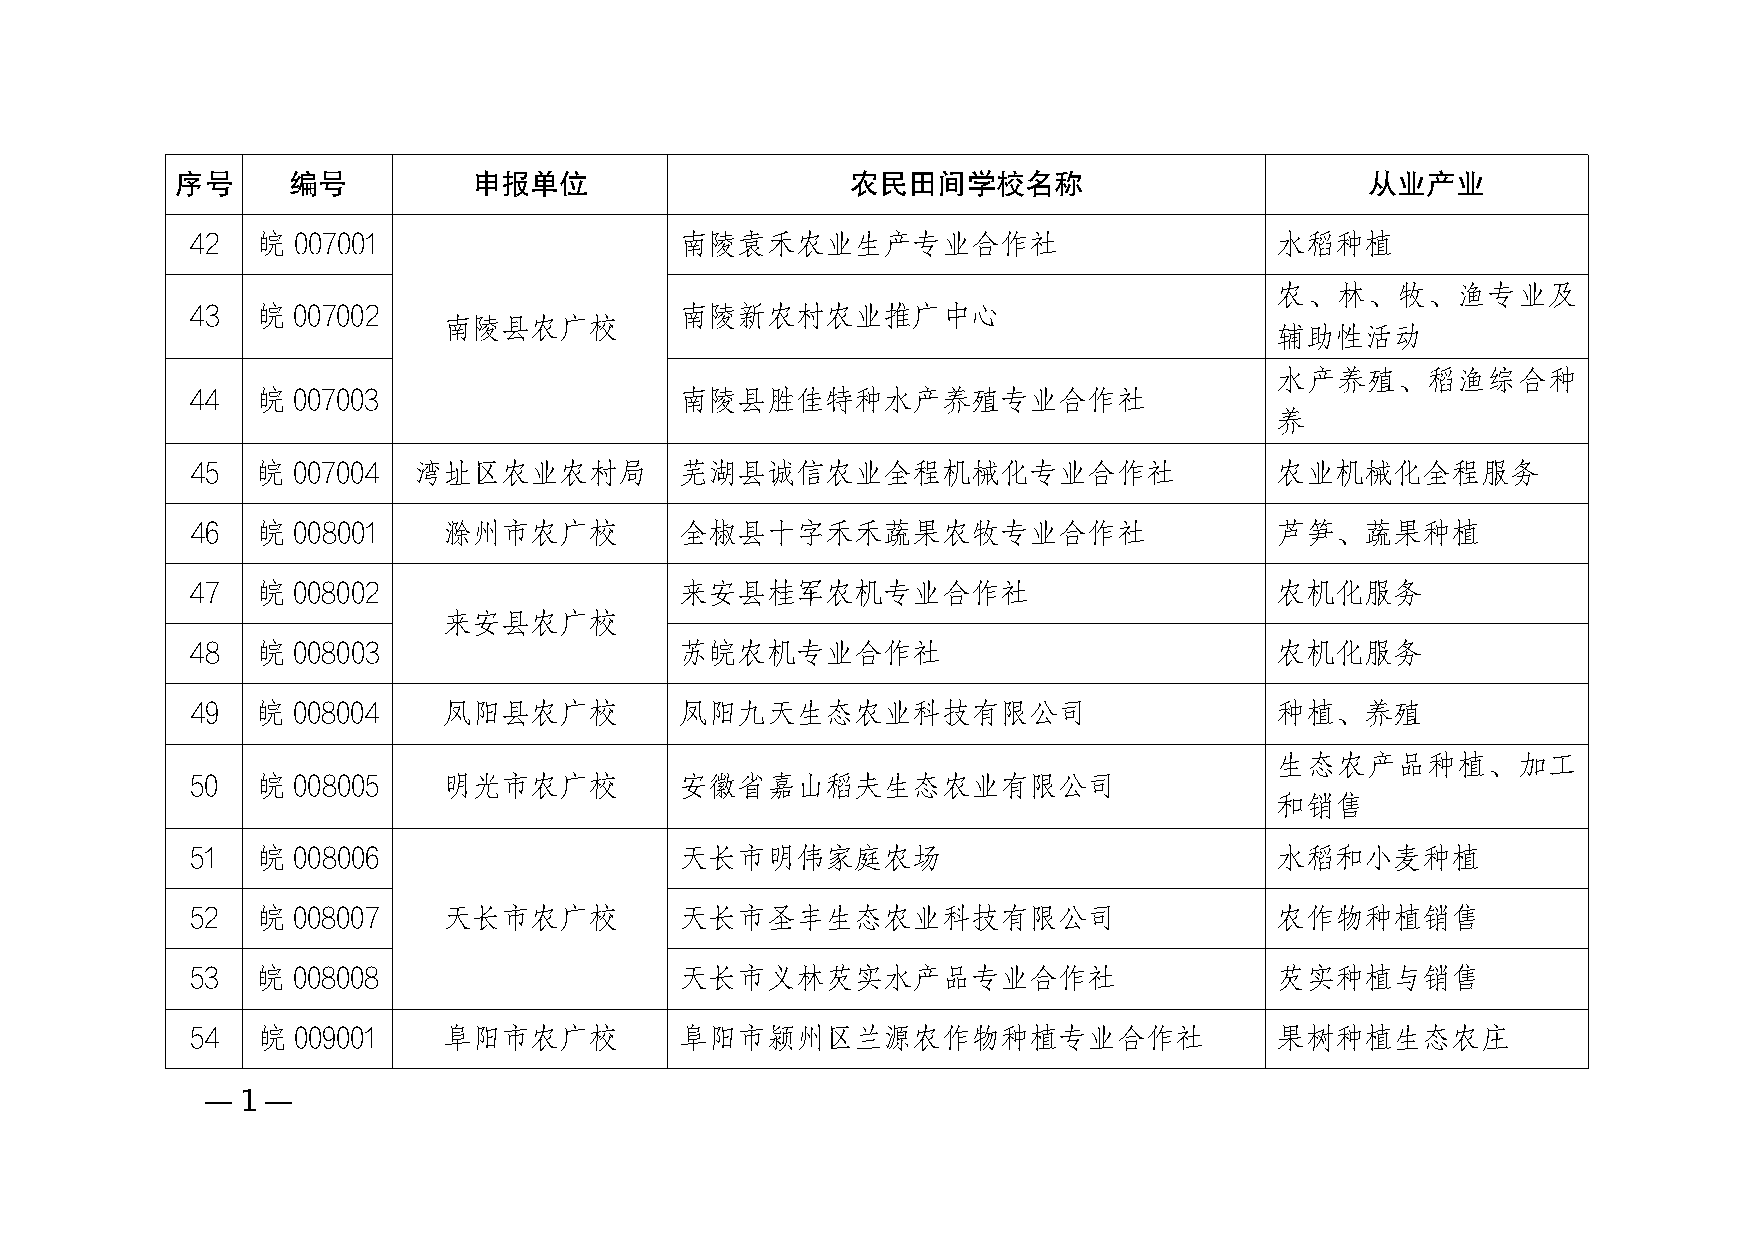
序号     编号          申报单位                     农民田间学校名称                           从业产业
 42  皖 007001                    南陵袁禾农业生产专业合作社                          水稻种植
 农、林、牧、渔专业及
 43  皖 007002                    南陵新农村农业推广中心
 南陵县农广校
 辅助性活动
 水产养殖、稻渔综合种
 44   皖 007003                    南陵县胜佳特种水产养殖专业合作社
 养
 45  皖 007004  湾址区农业农村局          芜湖县诚信农业全程机械化专业合作社                      农业机械化全程服务
 46  皖 008001    滁州市农广校          全椒县十字禾禾蔬果农牧专业合作社                       芦笋、蔬果种植
 47  皖 008002                    来安县桂军农机专业合作社                           农机化服务
 来安县农广校
 48  皖 008003                    苏皖农机专业合作社                              农机化服务
 49  皖 008004    凤阳县农广校          凤阳九天生态农业科技有限公司                         种植、养殖
 生态农产品种植、加工
 50  皖 008005    明光市农广校          安徽省嘉山稻夫生态农业有限公司
 和销售
 51  皖 008006                    天长市明伟家庭农场                              水稻和小麦种植
 52  皖 008007    天长市农广校          天长市圣丰生态农业科技有限公司                        农作物种植销售
 53  皖 008008                    天长市义林芡实水产品专业合作社                        芡实种植与销售
 54  皖 009001    阜阳市农广校          阜阳市颍州区兰源农作物种植专业合作社                     果树种植生态农庄
 —1—